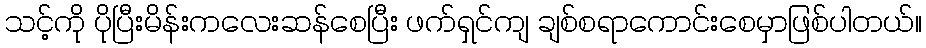
သင့်ကို ပိုပြီးမိန်းကလေးဆန်စေပြီး ဖက်ရှင်ကျ ချစ်စရာကောင်းစေမှာဖြစ်ပါတယ်။